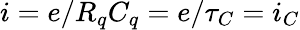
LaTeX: i=e/R_{q}C_{q}=e/\tau_{C}=i_{C}